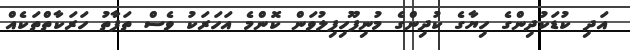
އަދި ކުޑަކުދިންގެ ހިޔާގެ ކުދިންގެ މުނިފޫހިފިލުވަން ކޮންމެ އަހަރަކު ވެސް ތަފާތު ހަރަކާތްތަކެއް